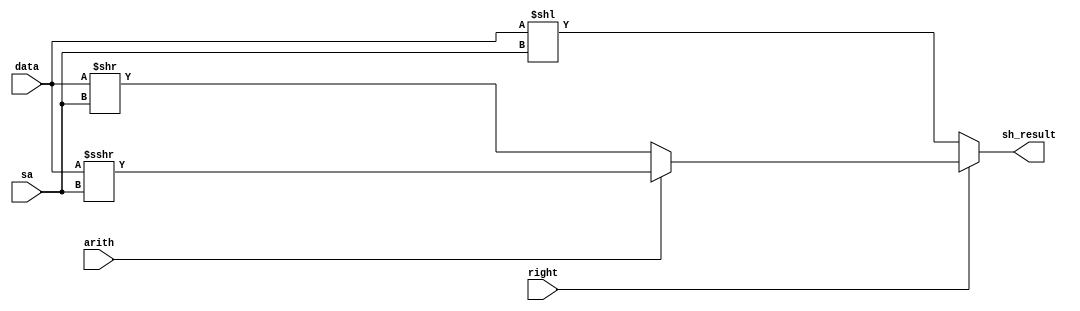
//////////////////////////////////////////////////////////////////////////////////
// School: Korea Univ
// Cource : ASIC design
// 
/////////////////////////////////////////////////////////////////////////////////

module shifter(
    input wire [31:0] data, // data to shift
    input wire [4:0] sa,    // shift amount
    input wire right,       // boolean to shift right (or left)
    input wire arith,       // boolean for arithmetic shift
    output reg [31:0] sh_result // shift result 
);

    always @(*)
    begin
        if(~right)
            sh_result = data << sa; // if not shift right, shift left 
        else if (~arith)
            sh_result = data >> sa; // if not arithmetic, shift right logical
        else
            sh_result = $signed(data) >>> sa; // else shift arithmetic right
    end

endmodule